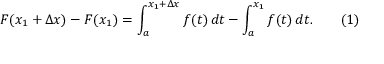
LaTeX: F ( x _ { 1 } + \Delta x ) - F ( x _ { 1 } ) = \int _ { a } ^ { x _ { 1 } + \Delta x } f ( t ) \, d t - \int _ { a } ^ { x _ { 1 } } f ( t ) \, d t . \qquad ( 1 )